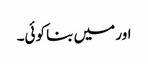
اور میں بنا کوئی۔